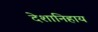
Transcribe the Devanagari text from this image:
देशानिहाय